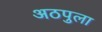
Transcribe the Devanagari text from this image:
अठपुला